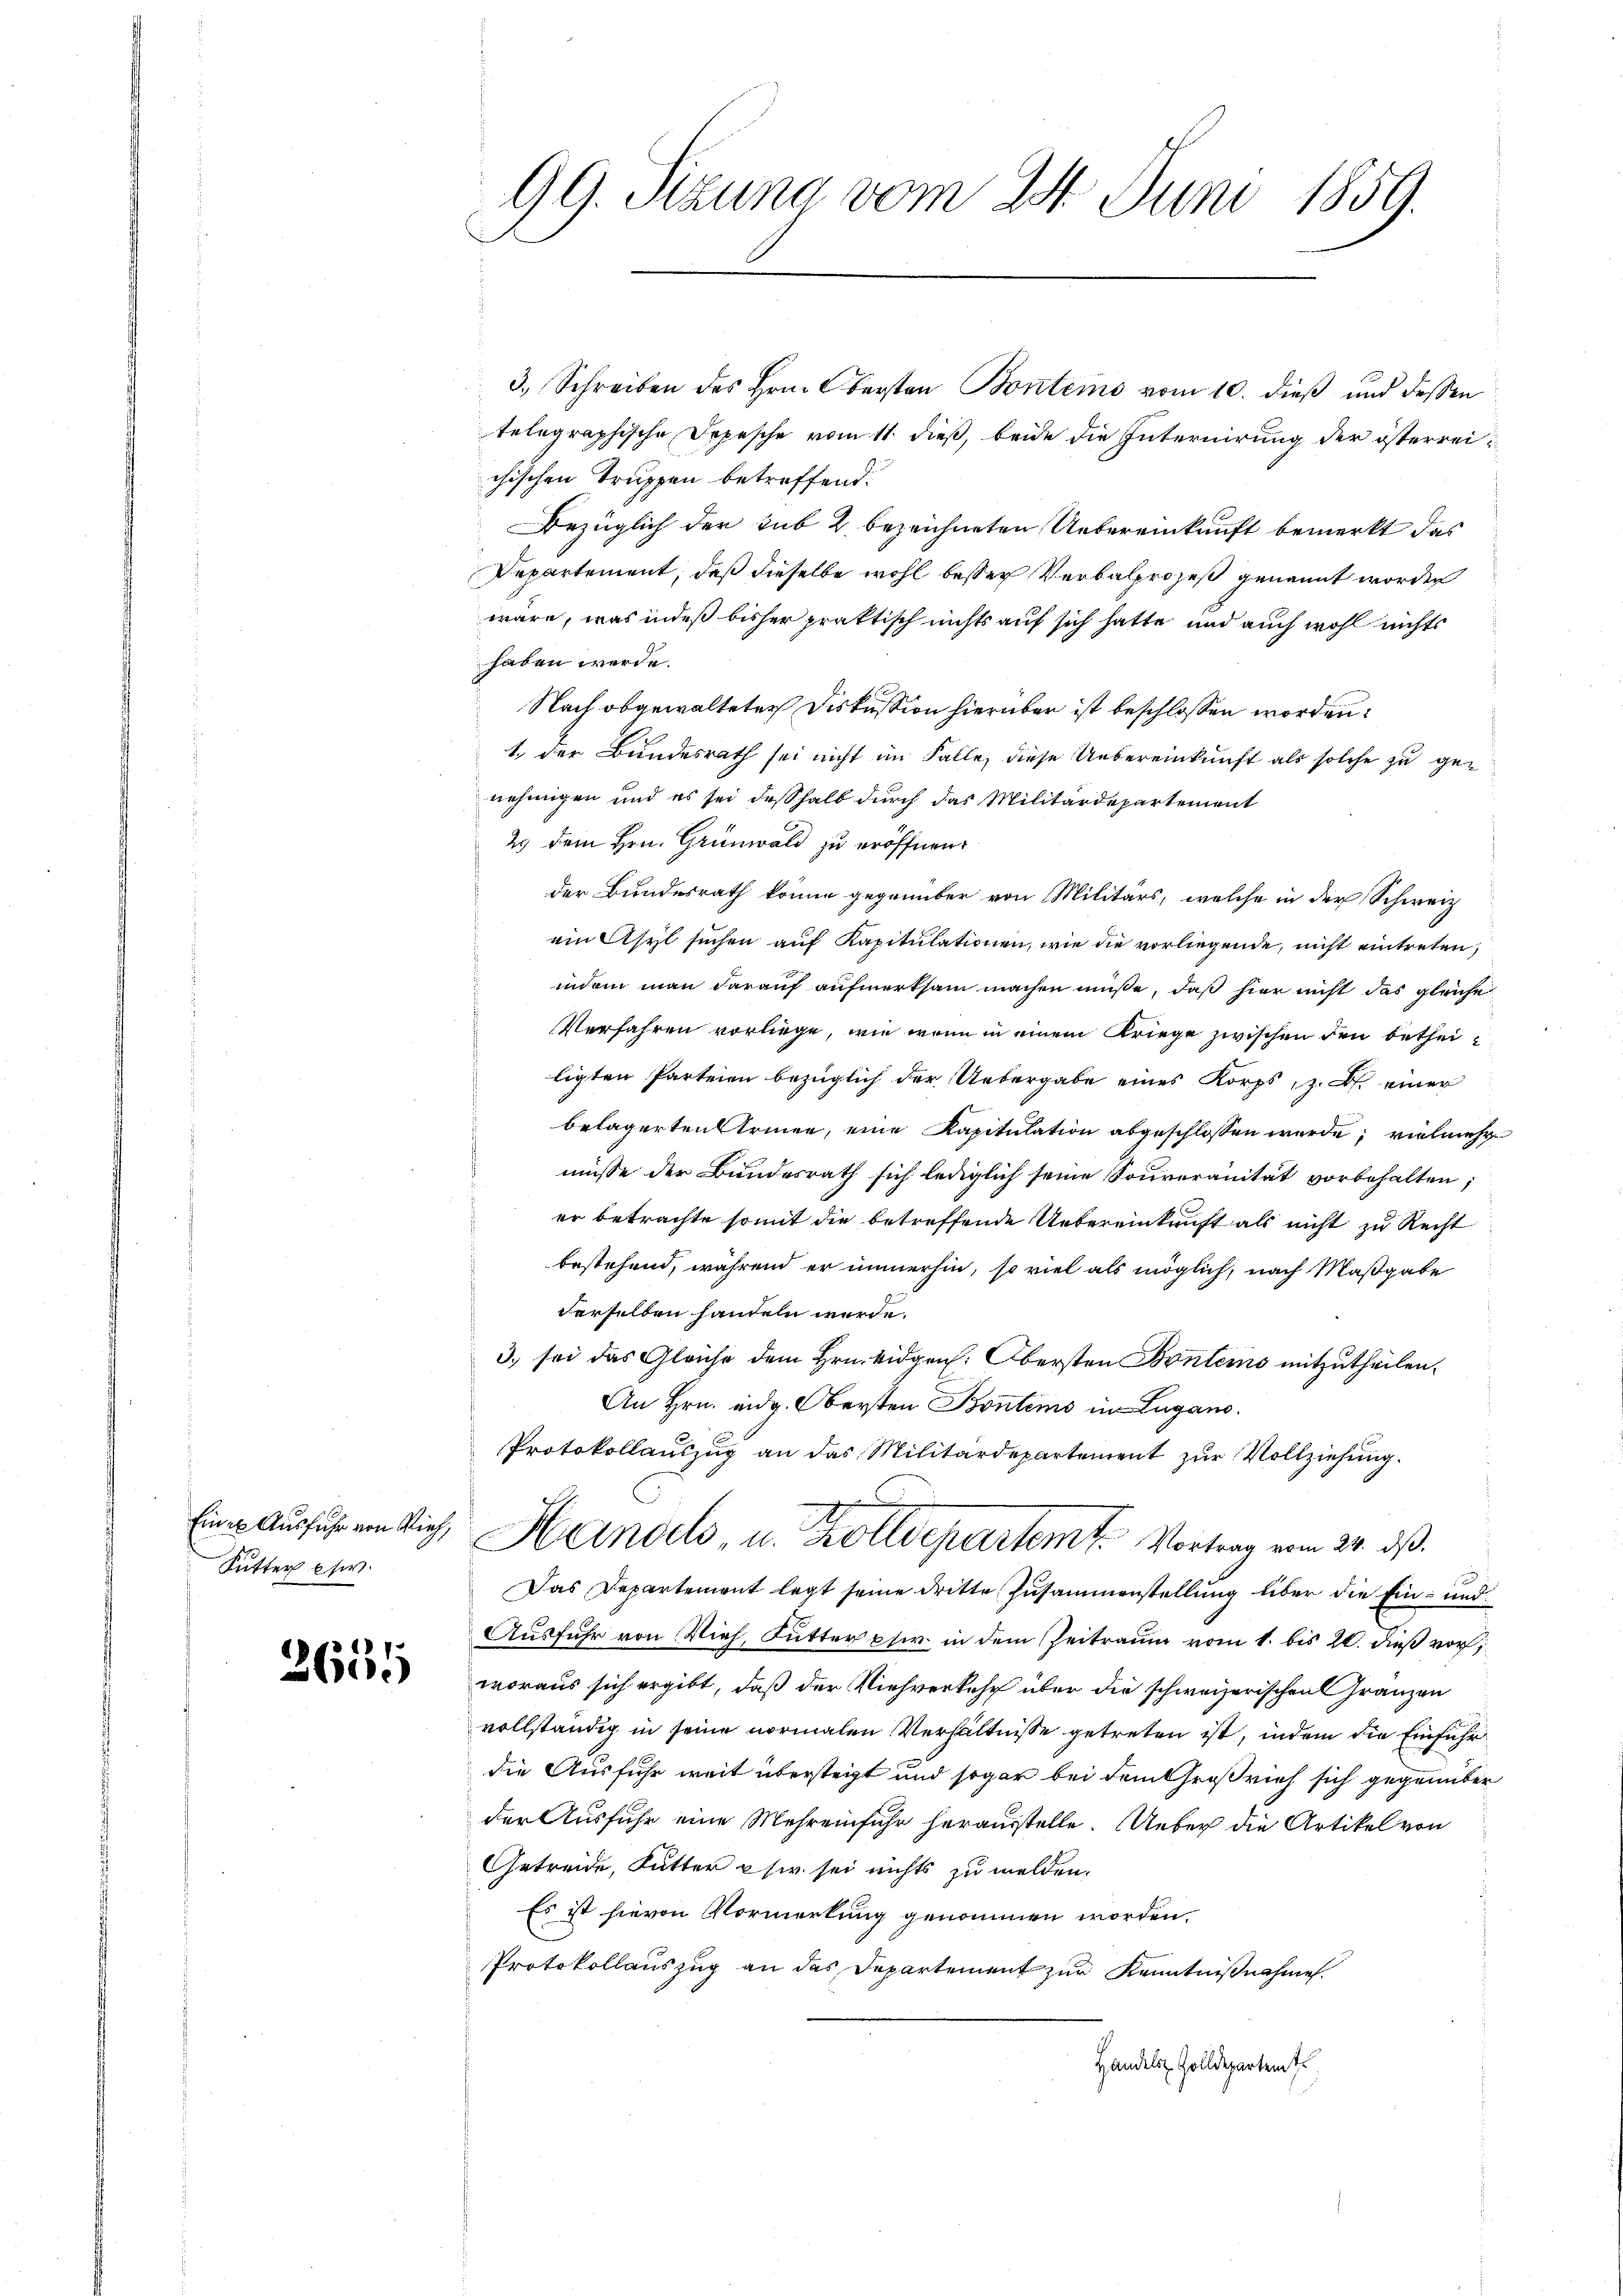
Futter usw.

2614

99. Sizung vom 24. Juni 1859.

3. Schreiben des Hrn. Obersten Bontems vom 10. dieß und dessen
telegraphische Depesche vom 11. dieß, beide die Internirung der österreichischen Truppen betreffend.
Bezüglich der sub 2 bezeichneten Uebereinkunft bemerkt das
Departement, daß dieselbe wohl besser Verbalprozeß genannt worden
wäre, was indeß bisher praktisch nichts auf sich hatte und auch wohl nichts
haben werde.
Nach abgewalteten Diskussion hierüber ist beschlossen worden:
4 der Bundesrath sei nicht im Falle, diese Uebereinkunft als solche zu genehmigen und es sei deßhalb durch das Militärdepartement
2. dem Hrn. Grünwald zu eröffnen.
der Bundesrath könne gegenüber von Militärs, welche in der Schweiz
ein Asyl suchen auf Kapitulationen, wie die vorliegende, nicht eintreten,
indem man darauf aufmerksam machen müße, daß hier nicht das gleiche
Verfahren vorliege, wie wenn in einem Kriege zwischen den betheiligten Parteien bezüglich der Uebergabe eines Korps, z. B. einer
belagerten Armee, eine Kapitulation abgeschlossen werde; vielmehr
müsse der Bundesrath sich lediglich seine Souveranität vorbehalten,
er betrachte somit die betreffende Uebereinkunft als nicht zu Recht
bestehend, während er immerhin, so viel als möglich, nach Maßgabe
derselben handeln werde.
3. sei das Gleiche dem Hrn. Eidgen: Obersten Bontems mitzutheilen.
An Hrn. eidg. Obersten Bontems in Lugano.
Protokollauszug an das Militärdepartement zur Vollziehung.
.
Eine Ausfuhr ein sich, Hindels- u. Kolldepartem Vortrag vom 24. ds.
Das Departement legt seine dritte Zusammenstellung über die Ein- und
Ausfuhr von Vieh, Futter phir in dem Zeitraum vom 1. bis 20. dieß vor
woraus sich ergibt, daß der Viehverkehr über die schweizerischen Franzen
vollständig in seine normalen Verhältnisse getreten ist, indem die Einführ
die Ausfuhr weit übersteigt und sogar bei dem Großrief sich gegenüber
der Ausfuhr eine Mehreinfuhr herausstelle. Ueber die Artikel von
Getreide, Futter usw. sei nichts zu melden.
Es ist hievon Vormerkung genommen worden.
Protokollauszug an das Departement zur Kenntnißnahme
Handels Zolldepartem t